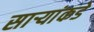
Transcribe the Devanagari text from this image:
सार्‍यांकडे